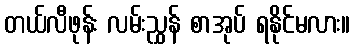
တယ်လီဖုန်း လမ်းညွှန် စာအုပ် ရနိုင်မလား။